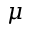
\mu